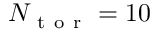
N _ { \mathrm { ~ t ~ o ~ r ~ } } = 1 0